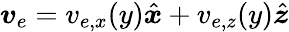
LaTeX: \boldsymbol{v}_{e}=v_{e,x}(y)\hat{\boldsymbol{x}}+v_{e,z}(y)\hat{\boldsymbol{z}}